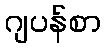
ဂျပန်စာ